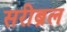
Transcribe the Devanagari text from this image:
सरीब्रल